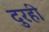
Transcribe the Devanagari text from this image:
दुरही